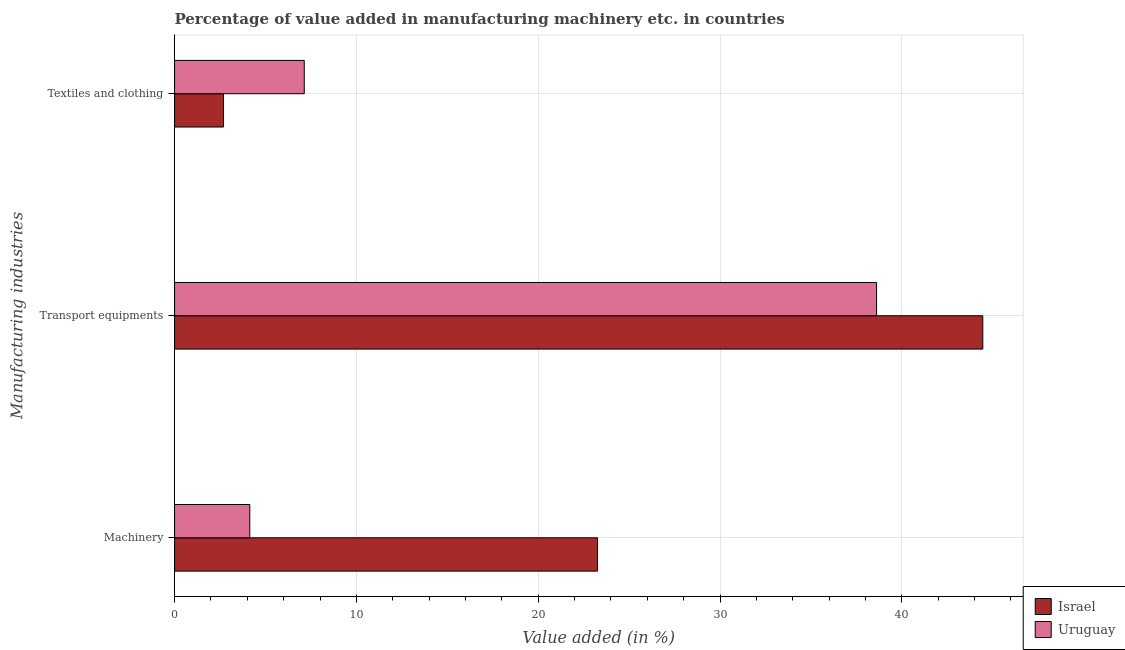
| Manufacturing industries | Israel | Uruguay |
 | --- | --- | --- |
 | Machinery | 23.3 | 4.14 |
 | Transport equipments | 44.5 | 38.6 |
 | Textiles and clothing | 2.69 | 7.13 |